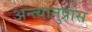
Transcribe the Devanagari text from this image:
अन्त्यानुप्रास